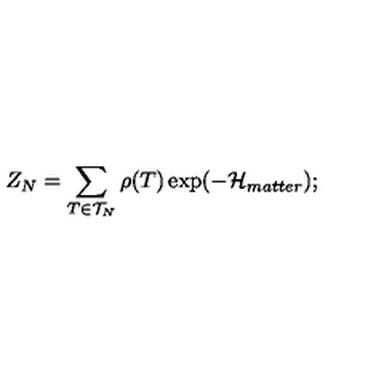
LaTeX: Z _ { N } = \sum _ { T \in { \cal { T } } _ { N } } \rho ( T ) \exp ( - { \cal { H } } _ { m a t t e r } ) ; \protect